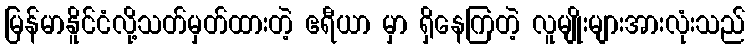
မြန်မာနိူင်ငံလို့သတ်မှတ်ထားတဲ့ ဧရီယာ မှာ ရှိနေကြတဲ့ လူမျိုးများအားလုံးသည်